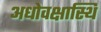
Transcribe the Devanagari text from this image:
अधोवक्षास्थि